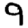
Digit: 9